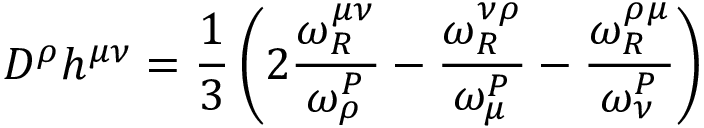
D ^ { \rho } h ^ { \mu \nu } = \frac { 1 } { 3 } \left( 2 \frac { \omega _ { R } ^ { \mu \nu } } { \omega _ { \rho } ^ { P } } - \frac { \omega _ { R } ^ { \nu \rho } } { \omega _ { \mu } ^ { P } } - \frac { \omega _ { R } ^ { \rho \mu } } { \omega _ { \nu } ^ { P } } \right)